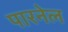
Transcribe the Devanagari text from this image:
पारनेल